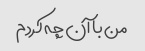
من با آن چه کردم